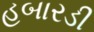
હબારડી